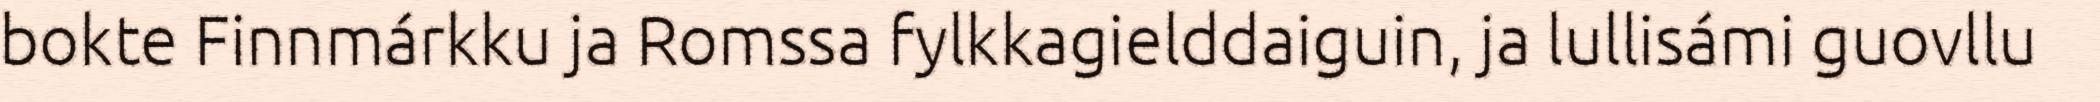
bokte Finnmárkku ja Romssa fylkkagielddaiguin, ja lullisámi guovllu